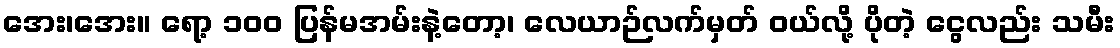
အေး၊အေး။ ရော့ ၁၀၀ ပြန်မအမ်းနဲ့တော့၊ လေယာဉ်လက်မှတ် ဝယ်လို့ ပိုတဲ့ ငွေလည်း သမီး